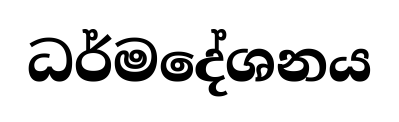
ධර්මදේශනය